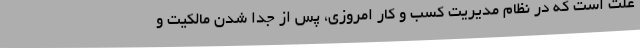
علت است که در نظام مدیریت کسب و کار امروزی، پس از جدا شدن مالکیت و